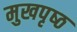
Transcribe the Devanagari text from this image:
मुखपृष्‍ठ